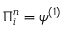
\ensuremath { \boldsymbol { \Pi } } _ { i } ^ { n } = \ensuremath { \boldsymbol { \psi } } ^ { ( 1 ) }